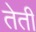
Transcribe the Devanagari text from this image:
तेती